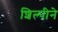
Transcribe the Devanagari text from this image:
शिल्पीने